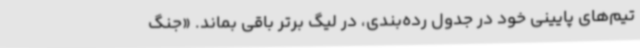
تیم‌های پایینی خود در جدول رده‌بندی، در لیگ برتر باقی بماند. «جنگ